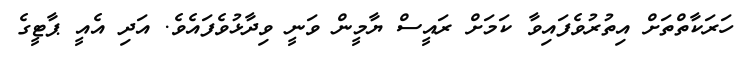
ހަރަކާތްތަށް އިތުރުވެފައިވާ ކަމަށް ރައީސް ޔާމީން ވަނީ ވިދާޅުވެފައެވެ. އަދި އެއީ ޕާޓީގެ